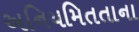
અનિયમિતતાના